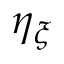
\eta _ { \xi }